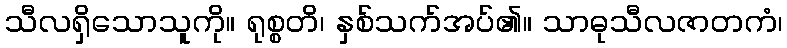
သီလရှိသောသူကို။ ရုစ္စတိ၊ နှစ်သက်အပ်၏။ သာဓုသီလဇာတကံ၊